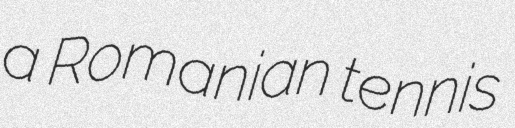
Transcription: a Romanian tennis